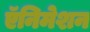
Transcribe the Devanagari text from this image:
ऍनिमेशन